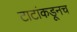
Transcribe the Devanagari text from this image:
टाटांकडूनच